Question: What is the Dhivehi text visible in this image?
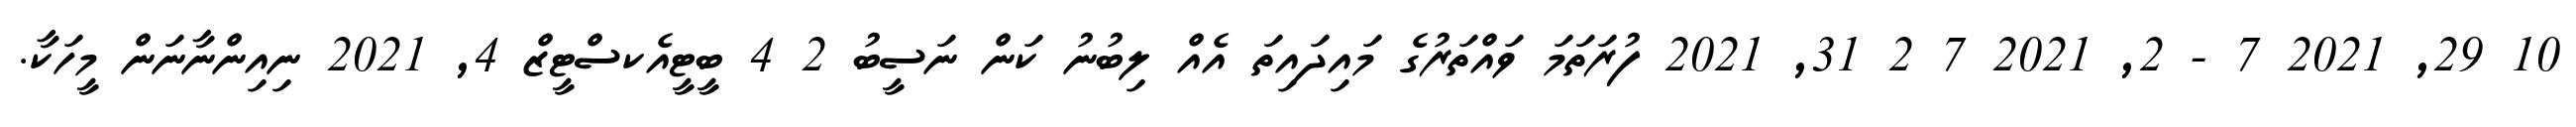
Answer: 10 29, 2021 7 - 2, 2021 7 2 31, 2021 ފުރަތަމަ ވައްތަރުގެ މައިދައިތަ އެއް ލިބުނު ކަން ނަސީބު 2 4 ބީޓީއެކސްޓީޒް 4, 2021 ނިއިންނާނަން މީހަކާ.